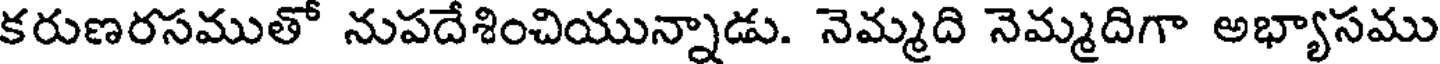
కరుణరసముతో నుపదేశించియున్నాడు. నెమ్మది నెమ్మదిగా అభ్యాసము